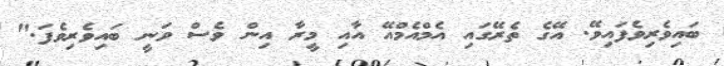
ބައިވެރިވެފައިވޭ. އޭގެ ތެރޭގައި އެމްއެމްއޭ އާއި މީރާ އިން ވެސް ވަނީ ބައިވެރިވެފަ."